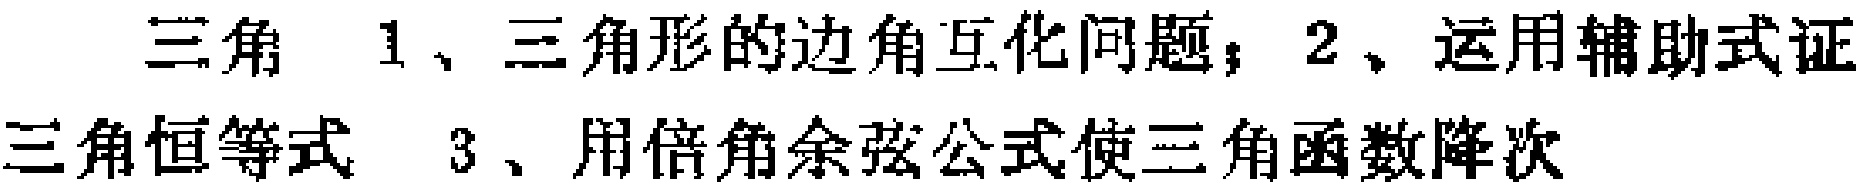
三角 1、三角形的边角互化问题；2、运用辅助式证三角恒等式 3、用倍角余弦公式使三角函数降次